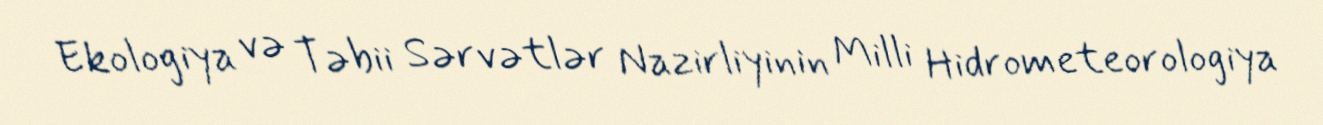
Ekologiya və Təbii Sərvətlər Nazirliyinin Milli Hidrometeorologiya